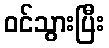
ဝင်သွားပြီး